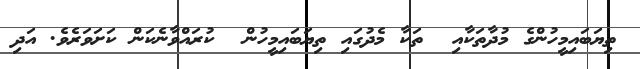
ތިޔަބައިމީހުންގެ މުދާތަކާއި  ތަކާ މެދުގައި ތިޔަބައިމީހުން  ކުރައްވާނެކަން ކަށަވަރެވެ. އަދި